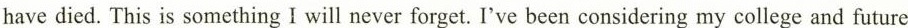
have died. This is something I will never forget. I've been considering my college and future